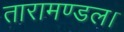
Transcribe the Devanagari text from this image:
तारामण्डल।